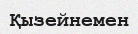
Қызейнемен